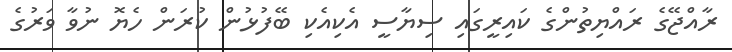
ރާއްޖޭގެ ރައްޔިތުންގެ ކައިރީގައި ސިޔާސީ އެކިއެކި ބޭފުޅުން ކުރަން ހެޔޮ ނުވާ ވަރުގެ